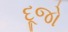
દૂજો